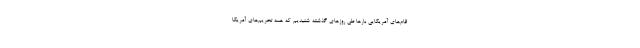
قام‌های آمریکایی بارها طی روزهای گذشته شنیدیم که همه تحریم‌های آمریکا